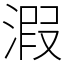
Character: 溊